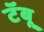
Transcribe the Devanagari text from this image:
टॅबू